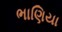
ભાણિયા